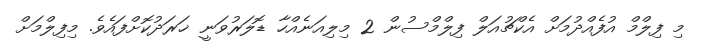
މި ފިލްމް އުފެއްދުމަށް އެކްޗުއަލް ފިލްމްސުން 2 މިލިއަނެއްހާ ޑޮލަރުވަނީ ޚަރަދުކޮށްފައެވެ. މިފިލްމަށް